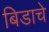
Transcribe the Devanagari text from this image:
बिडाचे